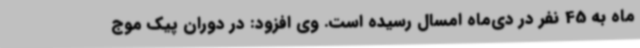
ماه به 45 نفر در دی‌ماه امسال رسیده است. وی افزود: در دوران پیک موج